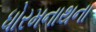
ધોરમનાથના